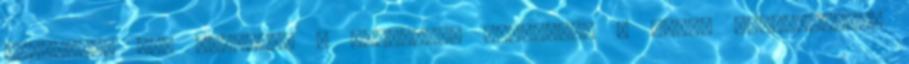
szoptatás Mit tehetünk a sikerért? Figyeljük a korai éhségjeleket